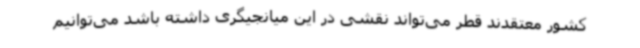
کشور معتقدند قطر می‌تواند نقشی در این میانجیگری داشته باشد می‌توانیم